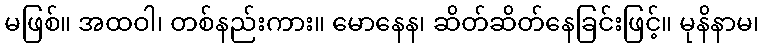
မဖြစ်။ အထဝါ၊ တစ်နည်းကား။ မောနေန၊ ဆိတ်ဆိတ်နေခြင်းဖြင့်။ မုနိနာမ၊